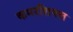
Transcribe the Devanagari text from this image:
कमरशियल